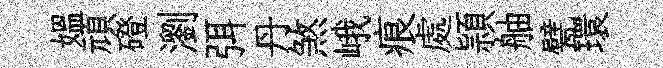
媪頑磴瀏弭丹煞峨痕處頴舳甓環